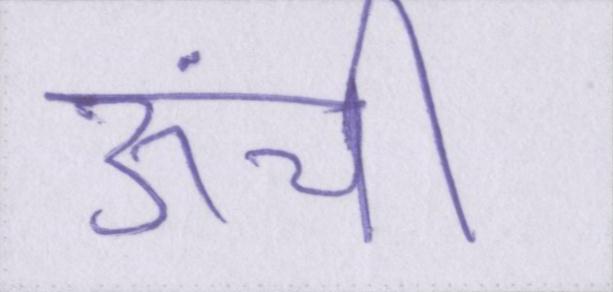
ऊंची